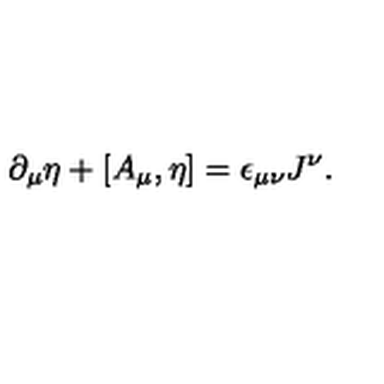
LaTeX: \partial _ { \mu } \eta + [ A _ { \mu } , \eta ] = \epsilon _ { \mu \nu } J ^ { \nu } .